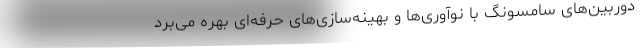
دوربین‌های سامسونگ با نوآوری‌ها و بهینه‌سازی‌های حرفه‌ای بهره می‌برد